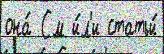
она́ См и́л'и статьи́